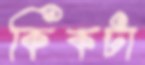
কিকটা